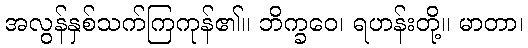
အလွန်နှစ်သက်ကြကုန်၏။ ဘိက္ခဝေ၊ ရဟန်းတို့။ မာတာ၊